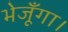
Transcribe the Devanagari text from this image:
भेजूँगा।